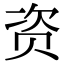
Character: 资